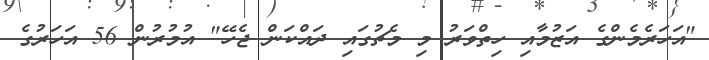
"އަހަރެމެންގެ އަޒުމާއި ހިތްވަރު މި މެޗުގައި ދައްކަން ޖެހޭ" އުމުރުން 56 އަހަރުގެ